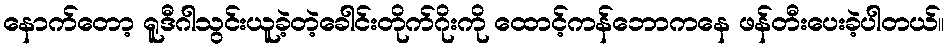
နောက်တော့ ရူဒီဂါသွင်းယူခဲ့တဲ့ခေါင်းတိုက်ဂိုးကို ထောင့်ကန်ဘောကနေ ဖန်တီးပေးခဲ့ပါတယ်။